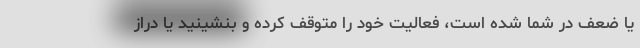
یا ضعف در شما شده است، فعالیت خود را متوقف کرده و بنشینید یا دراز